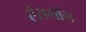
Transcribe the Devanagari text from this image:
ऐरागाँन